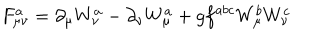
F _ { \mu \nu } ^ { a } = \partial _ { \mu } W _ { \nu } ^ { a } - \partial _ { \nu } W _ { \mu } ^ { a } + g f ^ { a b c } W _ { \mu } ^ { b } W _ { \nu } ^ { c }